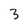
Character: 3